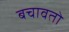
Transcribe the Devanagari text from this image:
बचावतो